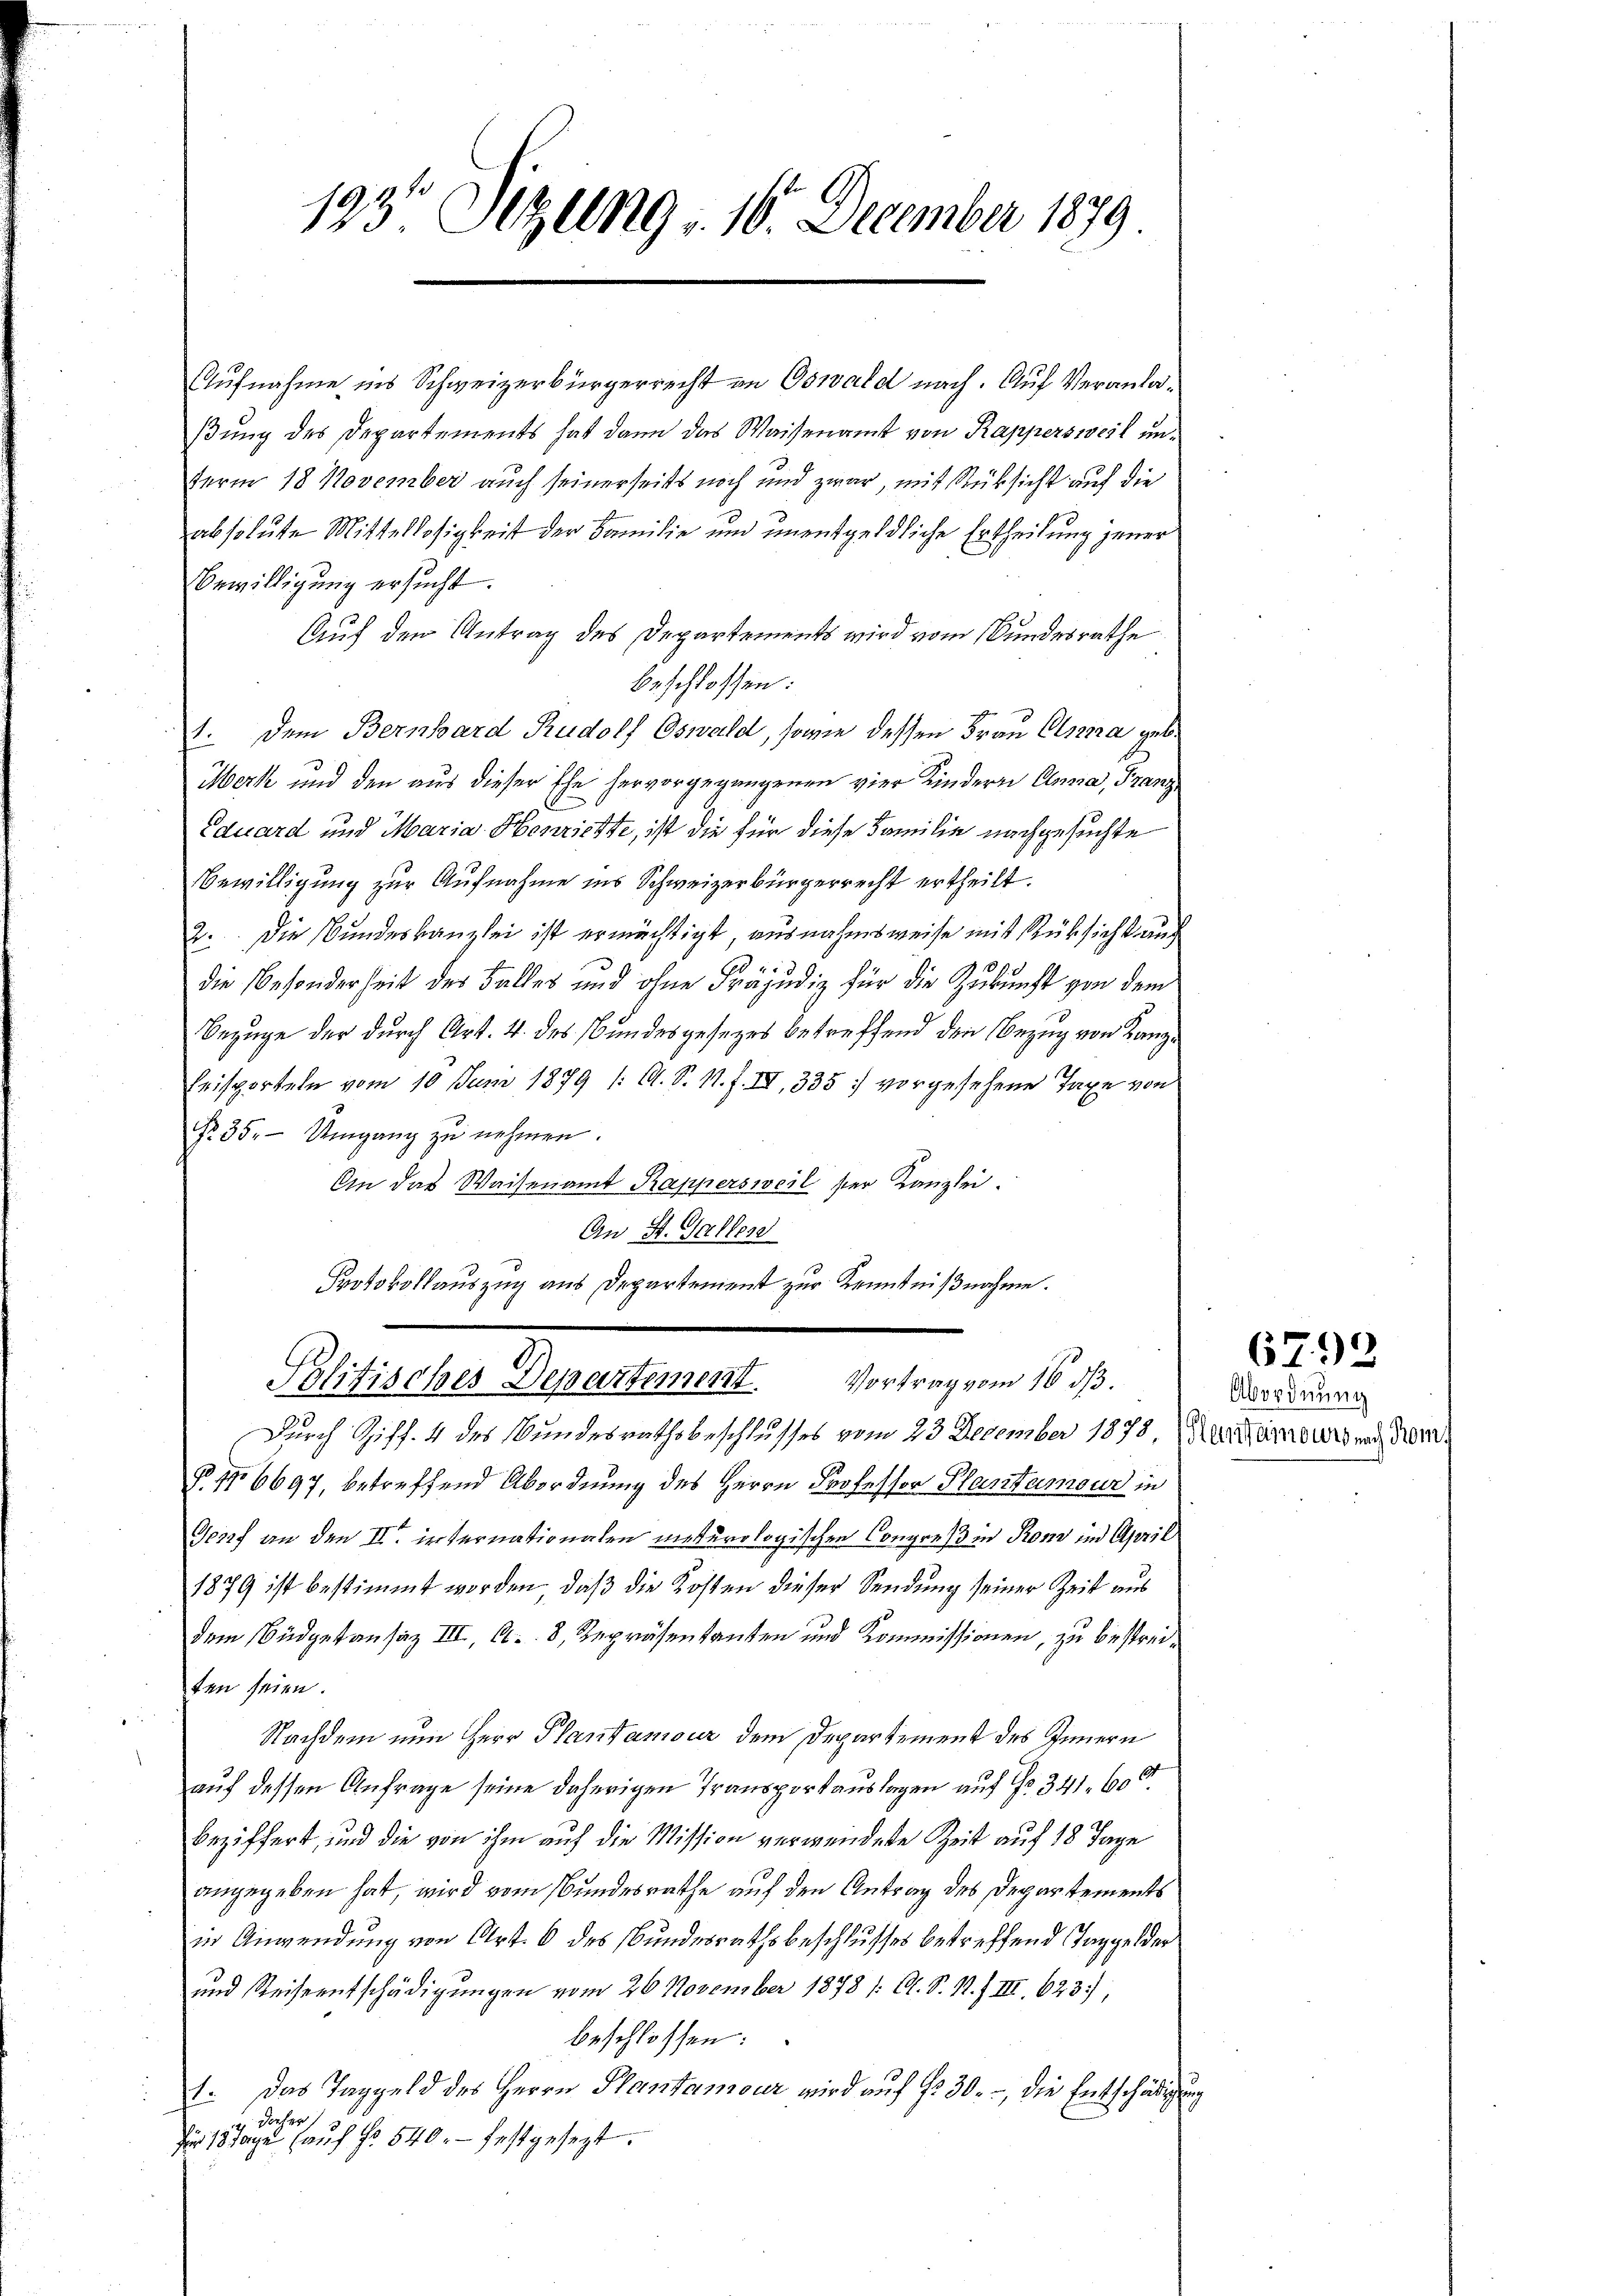
193 Sizung v. 16. December 1879

Aufnahme ins Schweizerbürgerrecht an Oswald nach. Auf Veranlaßung des Departements hat dann das Waisenamt von Rappersweil unterm 18 November auch seinerseits noch und zwar, mit Rücksicht auf die
absolute Mittellosigkeit der Familie und unentgeldliche Ertheilung jener
Bewilligung ersucht.
Auf den Antrag des Departements wird vom Bundesrathe
beschlossen:
1. Dem Bernhard Rudolf Oswald, sowie dessen Frau Elsena geb.
Merk und den aus dieser Ehe hervorgegangenen vier Kindern Anna, Franz
Eduard und Maria Henrichte, ist die für diese Familie nachgesuchte
Bewilligung zur Aufnahme ins Schweizerbürgerrecht ertheilt.
2. Die Bundeskanzlei ist ermächtigt, ausnahmsweise mit Rüksichtung
4
die besonderheit der Falles und ohne Präjudiz für die Zukunft von dem
Bezuge der durch Art. 4. des Bundesgesetzes betreffend den Bezug von Lange
Beisporteln vom 10. Juni 1879 /: C. S. 1. f. IV, 335 vorgesehene Taxe von
No. 35. Umgang zu nehmen.
An das Waisenamt Rappersweil ser Kanzlei.
An St. Galles
Protokollauszug aus Departement zur Kenntniβnahme.
Politisches Departement. Vortrag vom 16. ds.
Durch Ziff. 4 des Bundesrathsbeschlusses vom 23. December 1878, Neuenburg und dem¬
No No 6697, betreffend Abordnung des Herrn Professor Plantamour in
Genf an den II. internationalen meturologischen Congreß in Rom im April
1879 ist bestimmt worden, daß die Kosten dieser Sendung seiner Zeit aus
dem Büdgetansaz III, S. 8, Repräsentanten und Kommissionen, zu bestreiten seien.
Nachdem nun Herr Plantamour dem Departement des Innern
auf dessen Anfrage seine daherigen Transportauslagen auf Nr. 341. 600
beziffert, und die von ihm auf die Mission verwendete Zeit auf 18 Tage
angegeben hat, wird vom Bundesrathe auf den Antrag des Departements
in Anwendung von Art. 6 des Bundesrathsbeschlusses betreffend Taggelder
und Reiseentschädigungen vom 20. November 1878 / C. S. S. Z III. 623.
beschlossen:
1. Das Taggeld des Herrn Plantamour wird auf 130, die Entschädigung
daher
für 15 Tage aŭf fr. 540. festgesezt.

6799

Abordnung